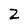
Character: 2